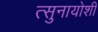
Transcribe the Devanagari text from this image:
त्सुनायोशी